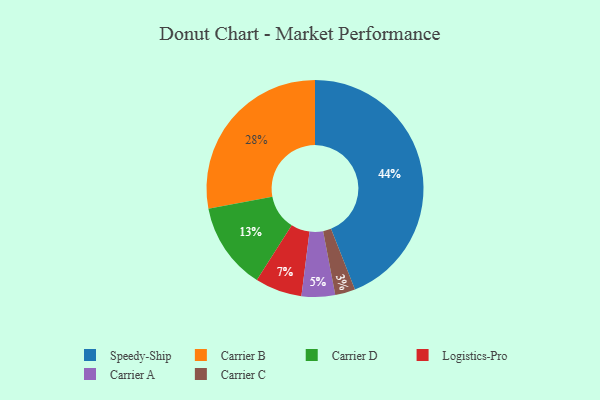
{"axis": {"x": "Category", "y": "Percentage"}, "legend": ["Carrier A", "Carrier B", "Carrier C", "Carrier D", "Logistics-Pro", "Speedy-Ship"], "data": [{"x": "Carrier B", "y": 28, "type": "Carrier B"}, {"x": "Carrier D", "y": 13, "type": "Carrier D"}, {"x": "Carrier C", "y": 3, "type": "Carrier C"}, {"x": "Logistics-Pro", "y": 7, "type": "Logistics-Pro"}, {"x": "Speedy-Ship", "y": 44, "type": "Speedy-Ship"}, {"x": "Carrier A", "y": 5, "type": "Carrier A"}]}